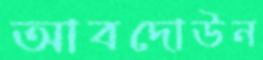
আবদোউন